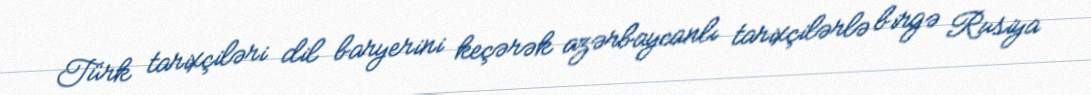
Türk tarixçiləri dil baryerini keçərək azərbaycanlı tarixçilərlə birgə Rusiya